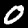
Digit: 0